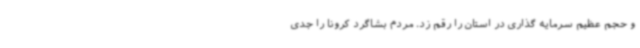
و حجم عظیم سرمایه گذاری در استان را رقم زد. مردم بشاگرد کرونا را جدی